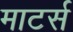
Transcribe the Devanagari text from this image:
माटर्स